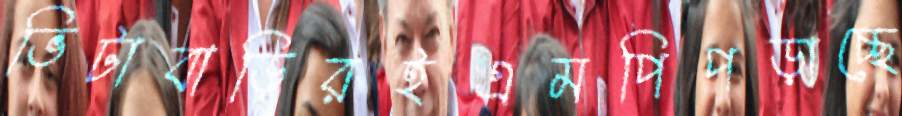
ভিটাবাড়িরইএমপিপড়াচ্ছে